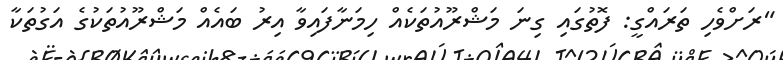
"ރަށްވެހި ތަރައްގީ: ފޮތުގައި ގިނަ މަޝްރޫއުތަކެއް ހިމަނާފައިވާ އިރު ބައެއް މަޝްރޫއުތަކުގެ އަގުތަކާ